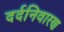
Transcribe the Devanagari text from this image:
दर्दनिवारण